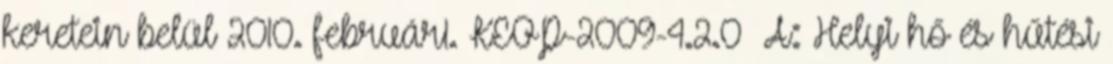
keretein belül 2010. február1. KEOP-2009-4.2.0 A: Helyi hő és hűtési